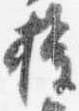
権